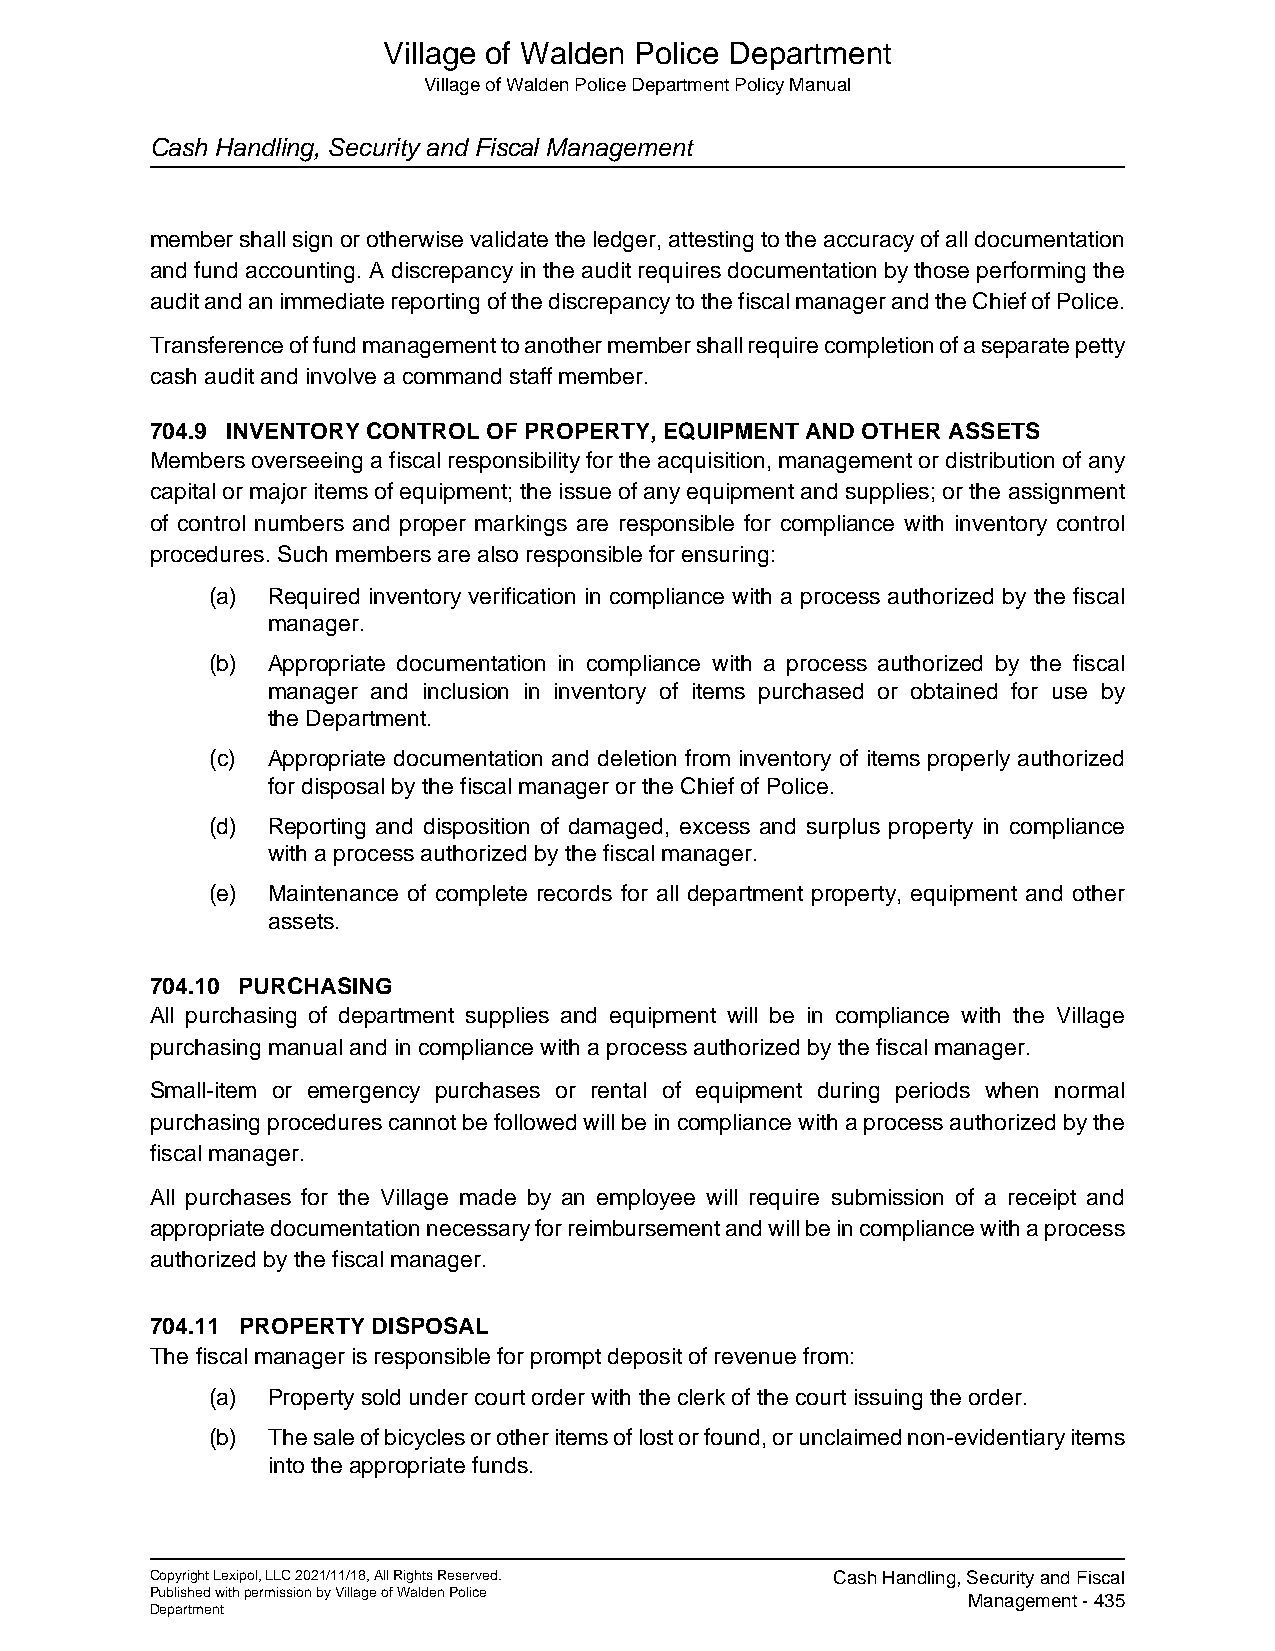
Village of Walden Police Department
 Village of Walden Police Department Policy Manual
 Cash Handling, Security and Fiscal Management
 member shall sign or otherwise validate the ledger, attesting to the accuracy of all documentation
 and fund accounting. A discrepancy in the audit requires documentation by those performing the
 audit and an immediate reporting of the discrepancy to the fiscal manager and the Chief of Police.
 Transference of fund management to another member shall require completion of a separate petty
 cash audit and involve a command staff member.
 704.9 INVENTORY CONTROL OF PROPERTY, EQUIPMENT AND OTHER ASSETS
 Members overseeing a fiscal responsibility for the acquisition, management or distribution of any
 capital or major items of equipment; the issue of any equipment and supplies; or the assignment
 of control numbers and proper markings are responsible for compliance with inventory control
 procedures. Such members are also responsible for ensuring:
 (a) Required inventory verification in compliance with a process authorized by the fiscal
 manager.
 (b) Appropriate documentation in compliance with a process authorized by the fiscal
 manager and inclusion in inventory of items purchased or obtained for use by
 the Department.
 (c) Appropriate documentation and deletion from inventory of items properly authorized
 for disposal by the fiscal manager or the Chief of Police.
 (d) Reporting and disposition of damaged, excess and surplus property in compliance
 with a process authorized by the fiscal manager.
 (e) Maintenance of complete records for all department property, equipment and other
 assets.
 704.10 PURCHASING
 All purchasing of department supplies and equipment will be in compliance with the Village
 purchasing manual and in compliance with a process authorized by the fiscal manager.
 Small-item or emergency purchases or rental of equipment during periods when normal
 purchasing procedures cannot be followed will be in compliance with a process authorized by the
 fiscal manager.
 All purchases for the Village made by an employee will require submission of a receipt and
 appropriate documentation necessary for reimbursement and will be in compliance with a process
 authorized by the fiscal manager.
 704.11 PROPERTY DISPOSAL
 The fiscal manager is responsible for prompt deposit of revenue from:
 (a) Property sold under court order with the clerk of the court issuing the order.
 (b) The sale of bicycles or other items of lost or found, or unclaimed non-evidentiary items
 into the appropriate funds.
 Copyright Lexipol, LLC 2021/11/18, All Rights Reserved. Cash Handling, Security and Fiscal
 Published with permission by Village of Walden Police Management - 435
 Department